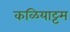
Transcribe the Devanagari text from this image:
कळियाट्टम